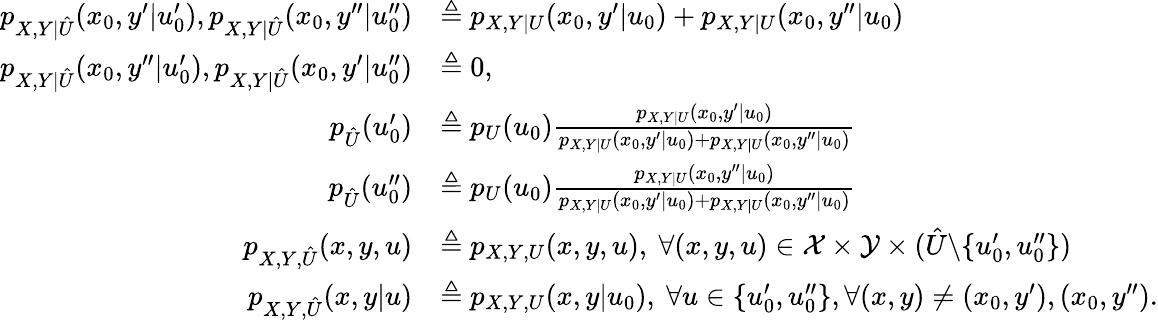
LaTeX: \begin{array}{rl}{p_{X,Y|\hat{U}}(x_{0},y^{\prime}|u_{0}^{\prime}),p_{X,Y|\hat{U}}(x_{0},y^{\prime\prime}|u_{0}^{\prime\prime})}&{\triangleq p_{X,Y|U}(x_{0},y^{\prime}|u_{0})+p_{X,Y|U}(x_{0},y^{\prime\prime}|u_{0})}\\ {p_{X,Y|\hat{U}}(x_{0},y^{\prime\prime}|u_{0}^{\prime}),p_{X,Y|\hat{U}}(x_{0},y^{\prime}|u_{0}^{\prime\prime})}&{\triangleq 0,}\\ {p_{\hat{U}}(u_{0}^{\prime})}&{\triangleq p_{U}(u_{0})\frac{p_{X,Y|U}(x_{0},y^{\prime}|u_{0})}{p_{X,Y|U}(x_{0},y^{\prime}|u_{0})+p_{X,Y|U}(x_{0},y^{\prime\prime}|u_{0})}}\\ {p_{\hat{U}}(u_{0}^{\prime\prime})}&{\triangleq p_{U}(u_{0})\frac{p_{X,Y|U}(x_{0},y^{\prime\prime}|u_{0})}{p_{X,Y|U}(x_{0},y^{\prime}|u_{0})+p_{X,Y|U}(x_{0},y^{\prime\prime}|u_{0})}}\\ {p_{X,Y,\hat{U}}(x,y,u)}&{\triangleq p_{X,Y,U}(x,y,u),\ \forall(x,y,u)\in\mathcal{X}\times\mathcal{Y}\times(\hat{U}\backslash\{ u_{0}^{\prime},u_{0}^{\prime\prime}\} )}\\ {p_{X,Y,\hat{U}}(x,y|u)}&{\triangleq p_{X,Y,U}(x,y|u_{0}),\ \forall u\in\{ u_{0}^{\prime},u_{0}^{\prime\prime}\} ,\forall(x,y)\neq(x_{0},y^{\prime}),(x_{0},y^{\prime\prime}).}\end{array}